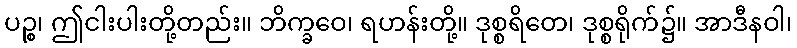
ပဉ္စ၊ ဤငါးပါးတို့တည်း။ ဘိက္ခဝေ၊ ရဟန်းတို့။ ဒုစ္စရိတေ၊ ဒုစ္စရိုက်၌။ အာဒီနဝါ၊